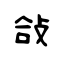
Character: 敆